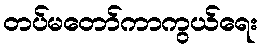
တပ်မတော်ကာကွယ်ရေး